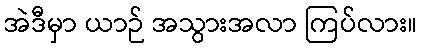
အဲဒီမှာ ယာဉ် အသွားအလာ ကြပ်လား။